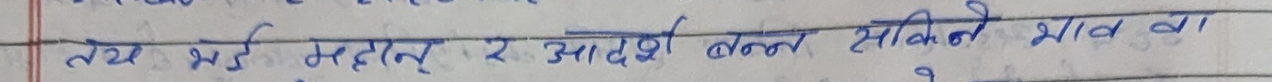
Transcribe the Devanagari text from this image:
तथ भई महान् र आदेश बन्न सकिने भाव वा